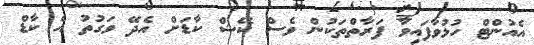
އެއުންޓް ހުޅުވާފައިވާ ފަރާތްތަކުން ވެސް ކޭޝް ކާޑަށް އެދޭ ވަގުތު އެ ކާޑް